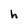
Character: h